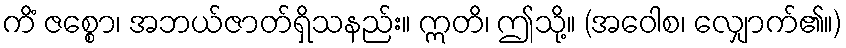
ကိံ ဇစ္စော၊ အဘယ်ဇာတ်ရှိသနည်း။ ဣတိ၊ ဤသို့။ (အဝေါစ၊ လျှောက်၏။)